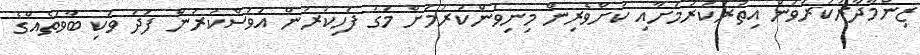
ޒިންމާދާރުކުރުވުން އިތުރުކުރުމަށާއި ކުށްވެރިން މިނިވަންކުރުމަށް މަގު ފަހިކުރުން އަވަސްކުރުން ފަދަ ވަކި ބާވަތެއްގެ